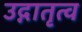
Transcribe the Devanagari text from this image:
उद्गातृत्व